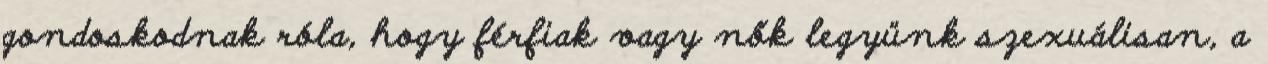
gondoskodnak róla, hogy férfiak vagy nők legyünk szexuálisan, a